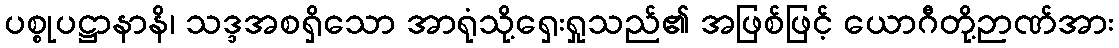
ပစ္စုပဋ္ဌာနာနိ၊ သဒ္ဒအစရှိသော အာရုံသို့ရှေးရှုသည်၏ အဖြစ်ဖြင့် ယောဂီတို့ဉာဏ်အား